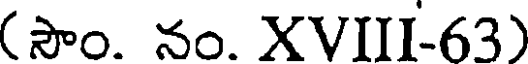
(సౌం. నం. XVIII-63)